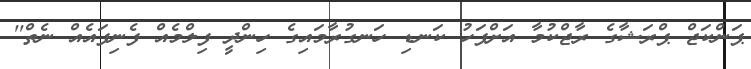
ޕަންކަޖް ޕްރަޝާގެ ރާޖްކުމާ އަށްފަހު ކަނޑި ހަނގުރާމައިގެ ހިންދީ ފިލްމެއް ފެނިފައެއް ނެތް''